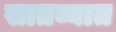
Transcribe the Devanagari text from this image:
सातव्यात